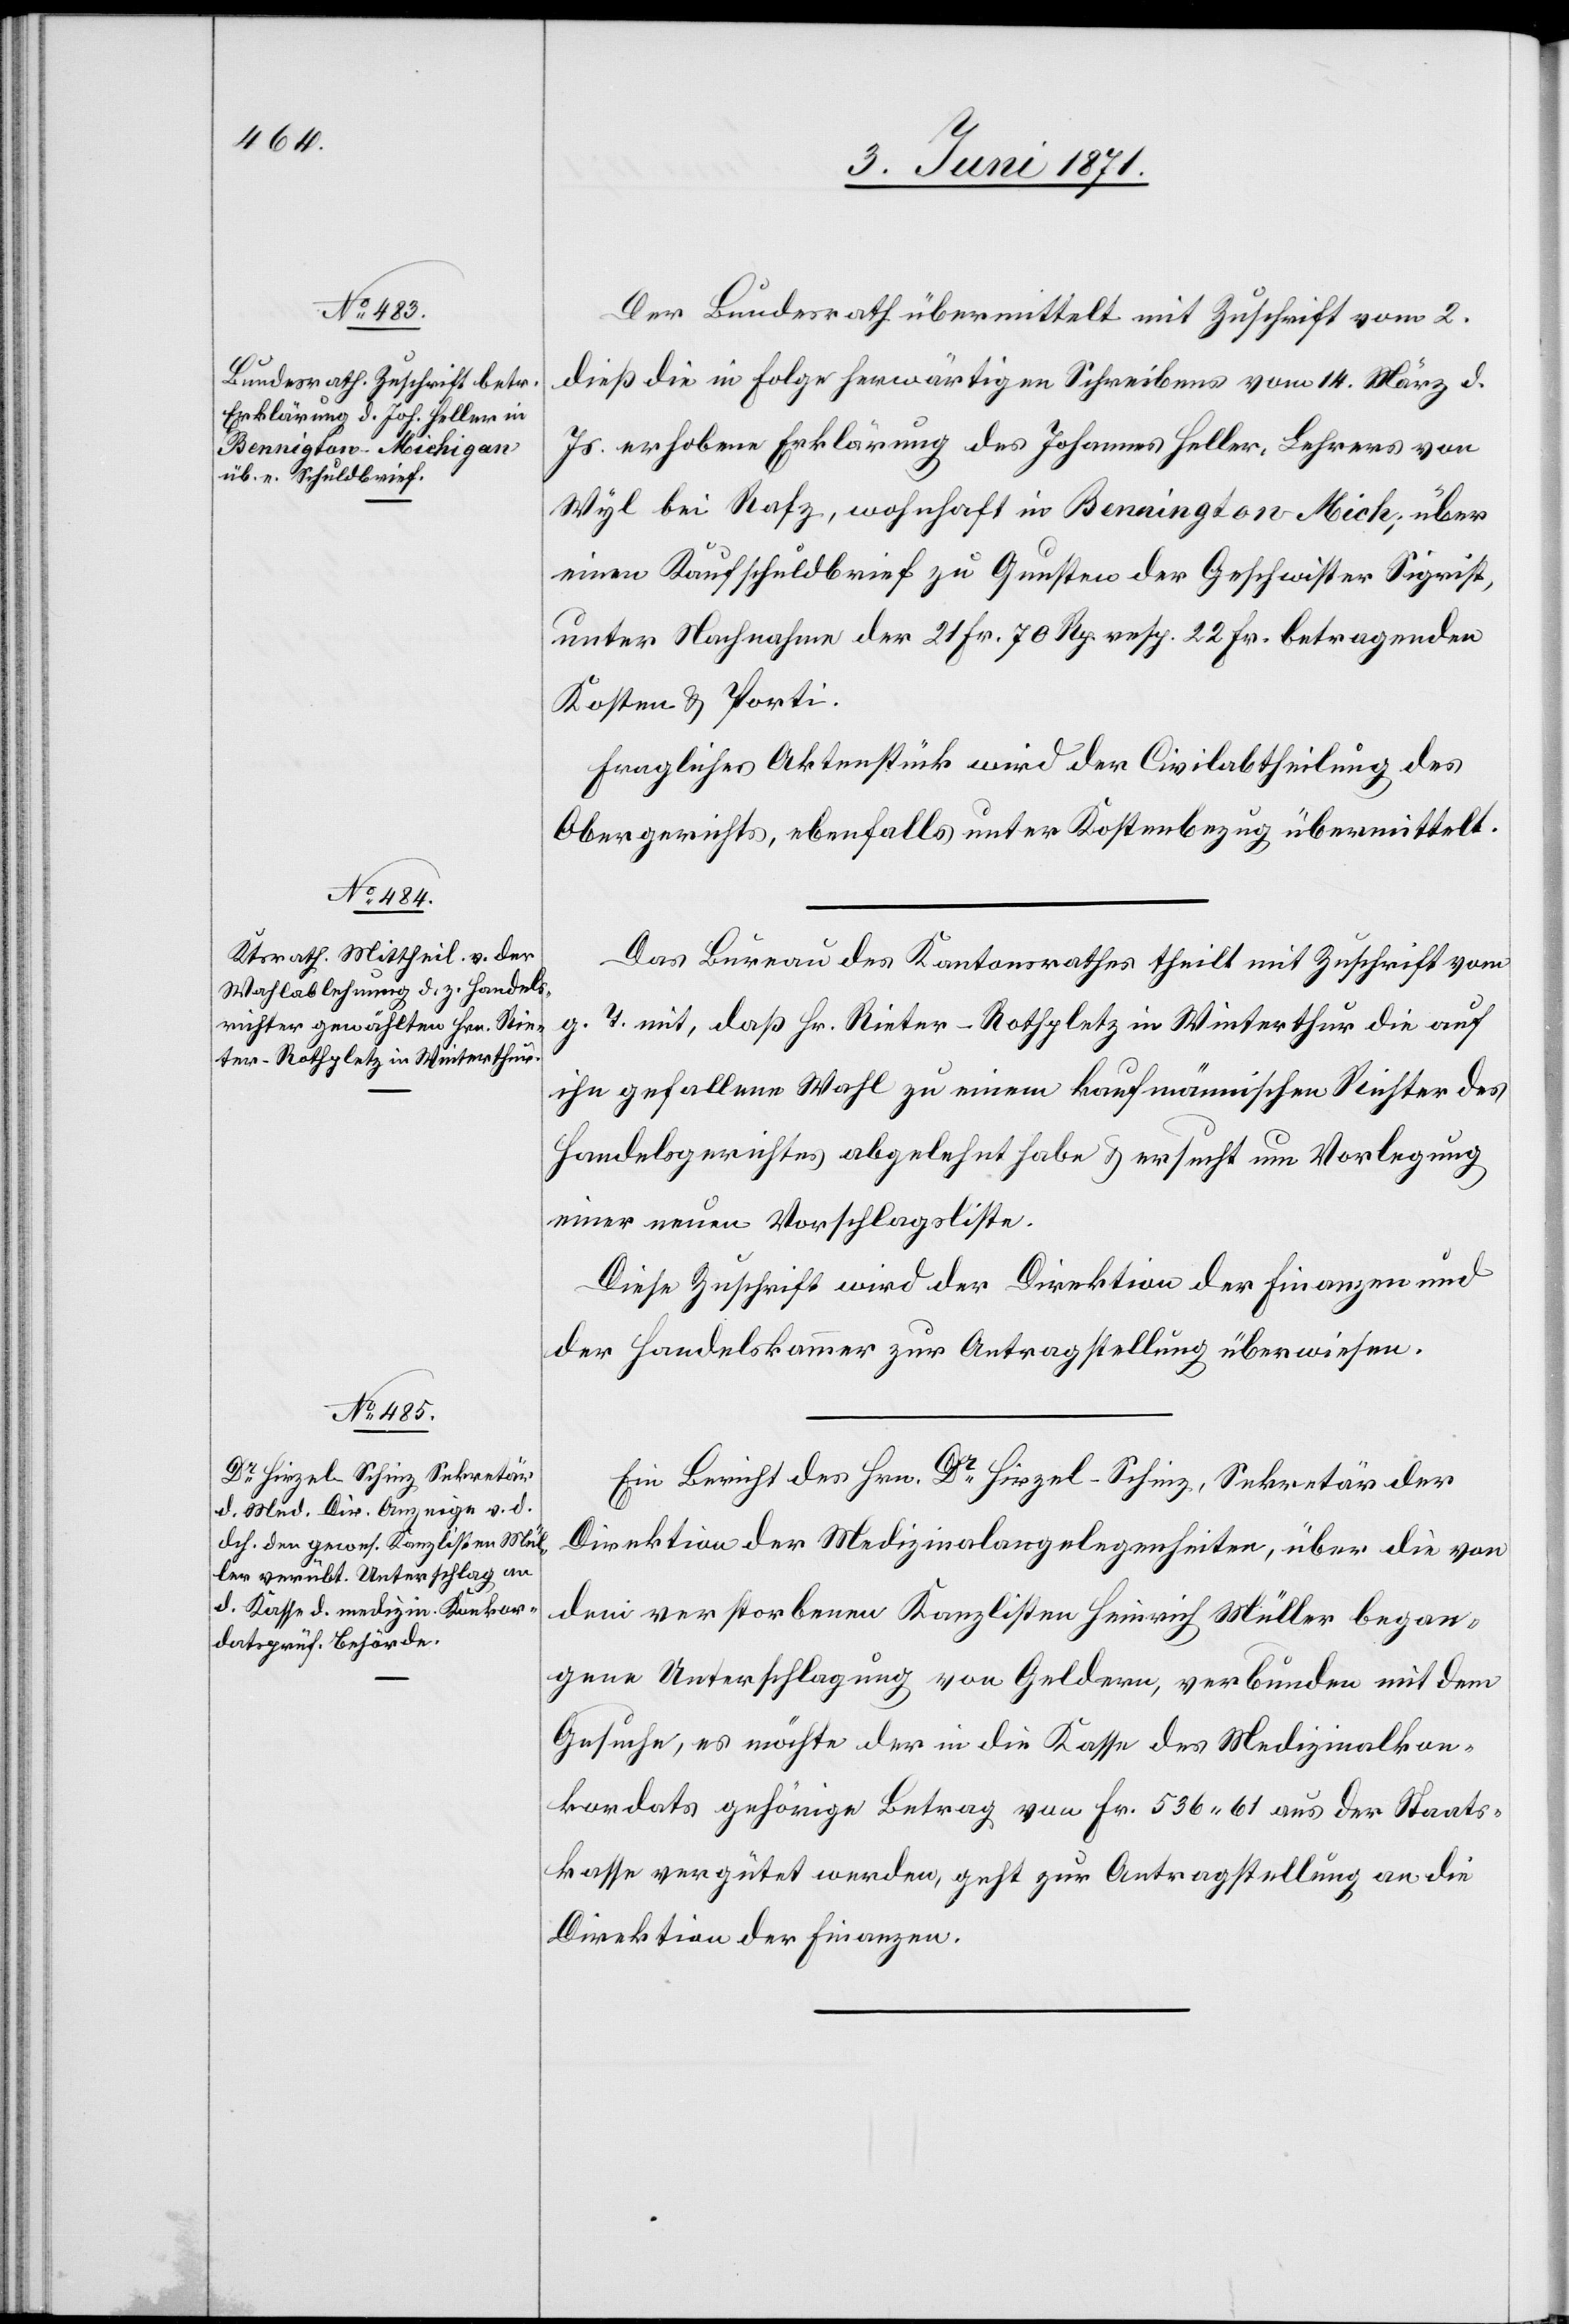
6. Juni 1871.]
Der Bundesrath übermittelt mit Zuschrift vom 2.
dieß die in Folge herwärtigen Schreibens vom 14. März d.
Js. erhobene Erklärung des Johannes Heller, Lehrers von
Wyl bei Rafz, wohnhaft in Bennington-Mich., über
einen Kaufschuldbrief zu Gunsten der Geschwister Sigrist,
unter Nachnahme der 21 Fr. 70 Rp. resp. 22 Fr. betragenden
Kosten u. Porti.
Fragliches Aktenstück wird der Civilabtheilung des
Obergerichts, ebenfalls unter Kostenbezug übermittelt.
Das Bureau des Kantonsrathes theilt mit Zuschrift vom
g. T. mit, daß Hr. Rieter-Rothpletz in Winterthur die auf
ihn gefallene Wahl zu einem kaufmännischen Richter des
Handelsgerichtes abgelehnt habe u. ersucht um Vorlegung
einer neuen Vorschlagsliste.
Diese Zuschrift wird der Direktion der Finanzen und
der Handelskammer zur Antragstellung überwiesen.
Ein Bericht des Hrn. Dr. Hirzel-Schinz, Sekretär der
Direktion der Medizinalangelegenheiten, über die von
dem verstorbenen Kanzlisten Heinrich Müller began¬
gene Unterschlagung von Geldern, verbunden mit dem
Gesuche, es möchte der in die Kasse des Medizinalkon¬
kordats gehörige Betrag von Fr. 536.61 aus der Staats¬
kasse vergütet werden, geht zur Antragstellung an die
Direktion der Finanzen.